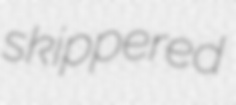
skippered